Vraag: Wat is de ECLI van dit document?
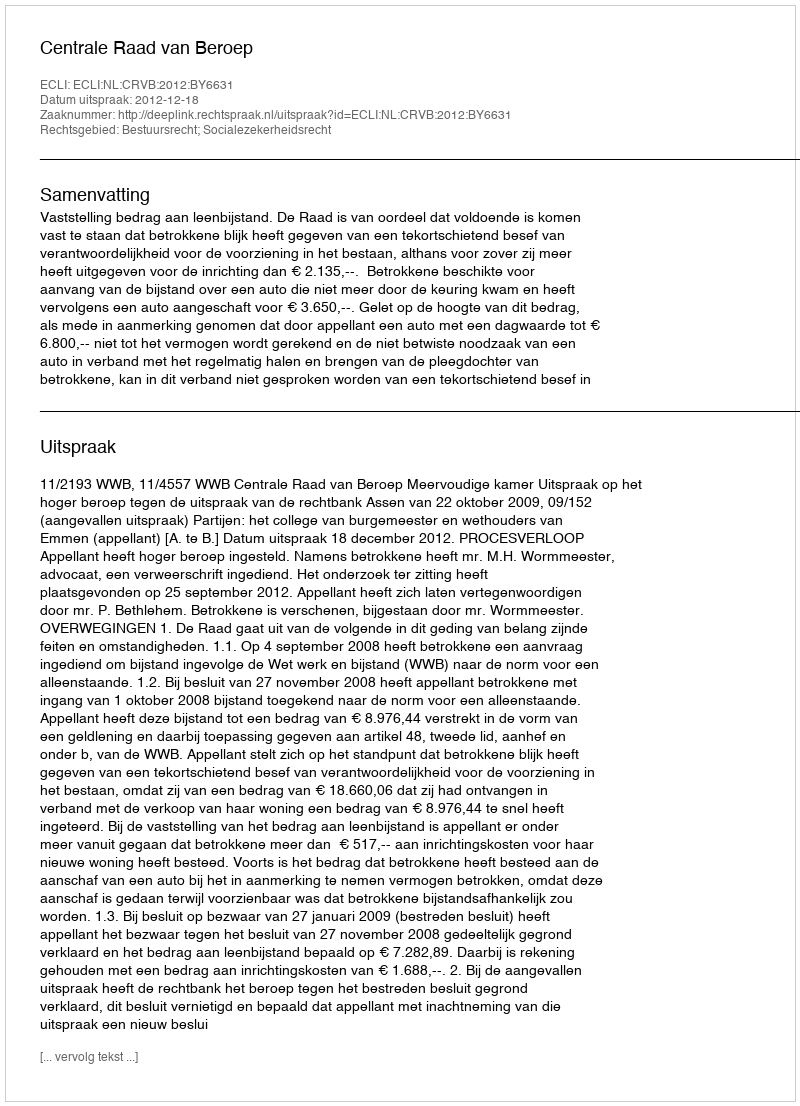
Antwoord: ECLI:NL:CRVB:2012:BY6631